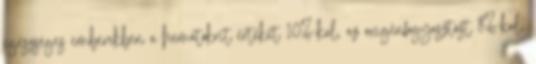
egészséges emberekben a hematokrit értékét 10%-kal, az oxigénfogyasztást 8%-kal,